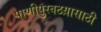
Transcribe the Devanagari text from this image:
पाणीपुरवठय़ासाठी